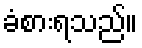
ခံစားရသည်။